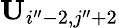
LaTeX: \mathbf{U}_{i^{\prime\prime}-2,j^{\prime\prime}+2}